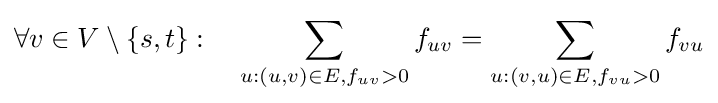
\forall v\in V\setminus \{s,t\}:\quad \sum _{u:(u,v)\in E,f_{uv}>0}f_{uv}=\sum _{u:(v,u)\in E,f_{vu}>0}f_{vu}